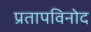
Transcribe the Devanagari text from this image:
प्रतापविनोद